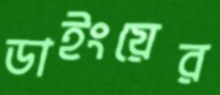
ডাইংয়ের